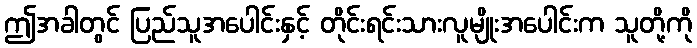
ဤအခါတွင် ပြည်သူအပေါင်းနှင့် တိုင်းရင်းသားလူမျိုးအပေါင်းက သူတို့ကို